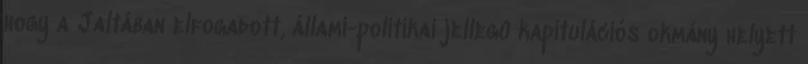
hogy a Jaltában elfogadott, állami-politikai jellegû kapitulációs okmány helyett